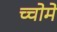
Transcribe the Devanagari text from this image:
च्चोमे